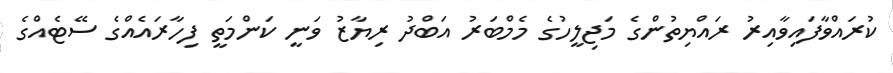
ކުރައްވާފައިވާއިރު ރައްޔިތުންގެ މަޖިލީހުގެ މެމްބަރު އަބްދު ރިޔާޒު ވަނީ ކަންމަތީ ފިހާރައެއްގެ ސޭޓެއްގެ